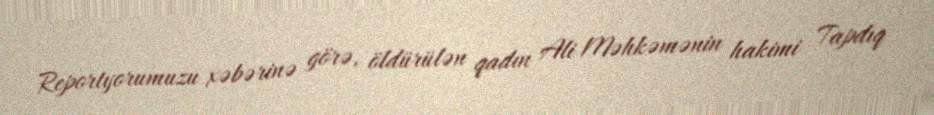
Reportyorumuzu xəbərinə görə, öldürülən qadın Ali Məhkəmənin hakimi Tapdıq